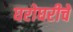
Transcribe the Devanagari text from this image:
घरोघरीचे